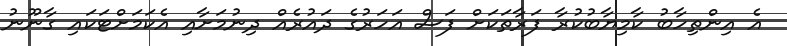
އެ އިންތިހާބު ކާމިޔާބުކުރާ ފަރާތަކަށް ފަސް އަހަރުގެ ދައުރެއް ދިނުމަށާއި އެކަމަށްޓަކައި ގާނޫނު